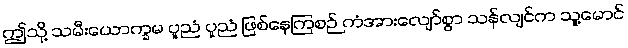
ဤသို့ သမီးယောက္ခမ ပူညံ ပူညံ ဖြစ်နေကြစဉ် ကံအားလျော်စွာ သန်လျင်က သူ့မောင်